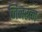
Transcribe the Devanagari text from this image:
जिनरत्न